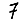
Digit: 7